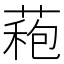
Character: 𮐠